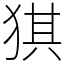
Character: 猉